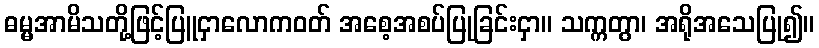
ဓမ္မအာမိသတို့ဖြင့်ပြူငှာလောကဝတ် အစေ့အစပ်ပြုခြင်းငှာ။ သက္ကတွာ၊ အရိုအသေပြု၍။